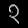
Digit: ၃